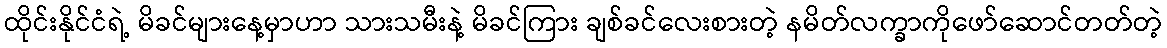
ထိုင်းနိုင်ငံရဲ့ မိခင်များနေ့မှာဟာ သားသမီးနဲ့ မိခင်ကြား ချစ်ခင်လေးစားတဲ့ နမိတ်လက္ခာကိုဖော်ဆောင်တတ်တဲ့